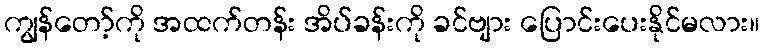
ကျွန်တော့်ကို အထက်တန်း အိပ်ခန်းကို ခင်ဗျား ပြောင်းပေးနိုင်မလား။